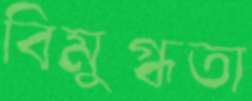
বিমুগ্ধতা